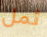
ثمل